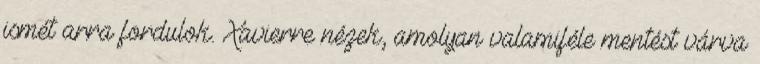
ismét arra fordulok. Xavierre nézek, amolyan valamiféle mentést várva